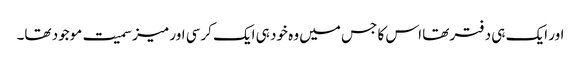
اور ایک ہی دفتر تھا اس کا جس میں وہ خود ہی ایک کرسی اور میز سمیت موجود تھا۔